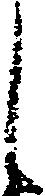
し